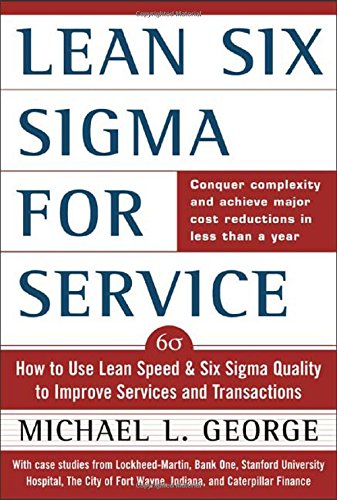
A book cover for Lean Six Sigma for Service : How to Use Lean Speed and Six Sigma Quality to Improve Services and Transactions; Michael George; Engineering & Transportation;